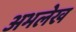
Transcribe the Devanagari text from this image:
अभलेख